Report of the Imperial Institute of Veterinary Research, Muktesar
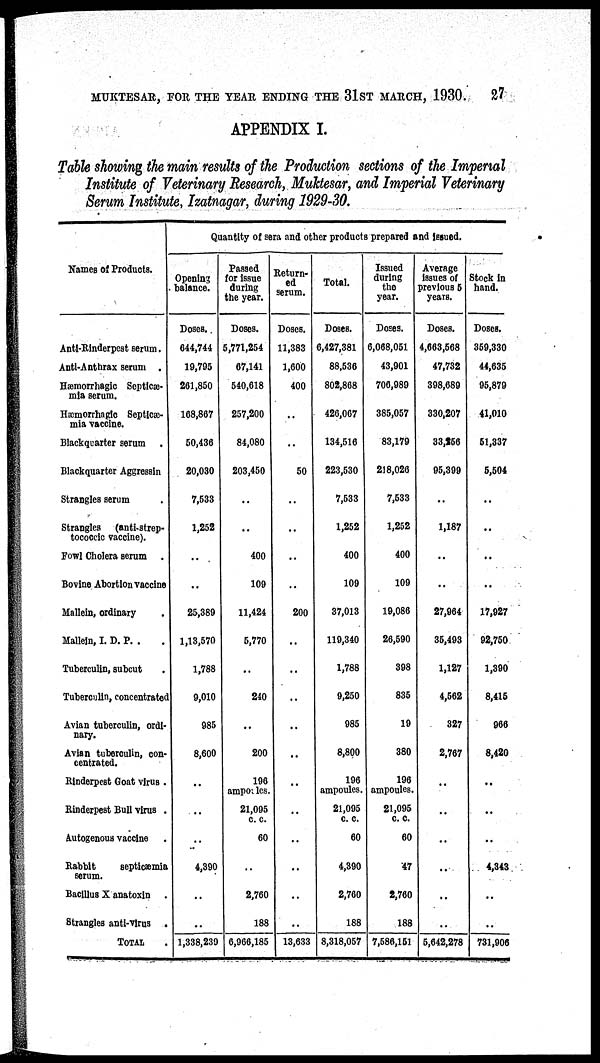
MUKTESAR, FOR THE YEAR ENDING THE 31ST MARCH, 1930.
27
APPINDIX I.
Table showing the main results of the Production sections of the Imperial
Institute of Veterinary Research, Muktesar, and Imperial Veterinary
Serum Institute, Izatnagar, during 1929-30.
Names of Products.
Anti-Rinderpest serum.
Anti-Anthrax serum .
Hæmorrhagic Septicæ-
mia serum.
Hæmorrhagic Septicæ-
mia vaccine.
Blackquarter serum
Blackquarter Aggressin
Strangles serum
Strangles
(anti-strep-
tococcic vaccine).
Fowl Cholera serum
.
Bovine Abortion vaccine
Mallein, ordinary
Mallein, I. D. P. .
Tuberculin, subcut
Tuberculin, concentrated
Avian tuberculin, ordi-
nary.
Avian tuberculin, con-
centrated.
Rinderpest Goat virus .
Rinderpest Bull virus .
Autogenous vaccine
Rabbit
septicæmia
serum.
Bacillus X anatoxin
.
Strangles anti-virus
.
TOTAL
Quantity of sera and other products prepared and issued.
Opening
balance.
Doses.
644,744
19,795
261,850
168,867
50,436
20,030
7,533
1,252
..
..
25,389
1,13,570
1,788
9,010
985
8,600
..
..
..
4,390
..
..
1,338,239
Passed
for issue
during
the year.
Doses.
5,771,254
67,141
540,618
257,200
84,080
203,450
..
..
400
109
11,424
5,770
..
240
..
200
196
ampoules.
21,095
c. c.
60
..
2,760
188
6,966,185
Return-
ed
serum.
Doses.
11,383
1,600
400
..
..
50
..
..
..
..
200
..
..
..
..
..
..
..
..
..
..
..
13,633
Total.
Doses.
6,427,381
88,536
802,868
426,067
134,516
223,530
7,533
1,252
400
109
37,013
119,340
1,788
9,250
985
8,800
196
ampoules.
21,095
c. c.
60
4,390
2,760
188
8,318,057
Issued
during
the
year.
Doses.
6,068,051
43,901
706,989
385,057
83,179
218,026
7,533
1,252
400
109
19,086
26,590
398
835
19
380
196
ampoules.
21,095
c. c.
60
47
2,760
188
7,586,151
Average
issues of
previous 5
years.
Doses.
4,663,568
47,732
398,689
330,207
33,256
95,399
..
1,187
..
..
27,964
35,493
1,127
4,562
327
2,767
..
..
..
..
..
5,642,278
Stock in
hand.
Doses.
359,330
44,635
95,879
41,010
51,337
5,504
..
..
..
..
17,927
92,750
1,390
8,415
966
8,420
..
..
..
4,343
..
..
731,906